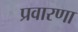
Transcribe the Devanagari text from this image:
प्रवारणा